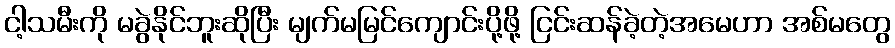
ငါ့သမီးကို မခွဲနိုင်ဘူးဆိုပြီး မျက်မမြင်ကျောင်းပို့ဖို့ ငြင်းဆန်ခဲ့တဲ့အမေဟာ အစ်မတွေ